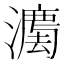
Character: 𱩮